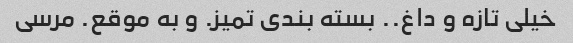
خیلی تازه و داغ.. بسته بندی تمیز. و به موقع. مرسی